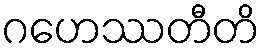
ဂဟေဿတီတိ